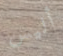
أليس